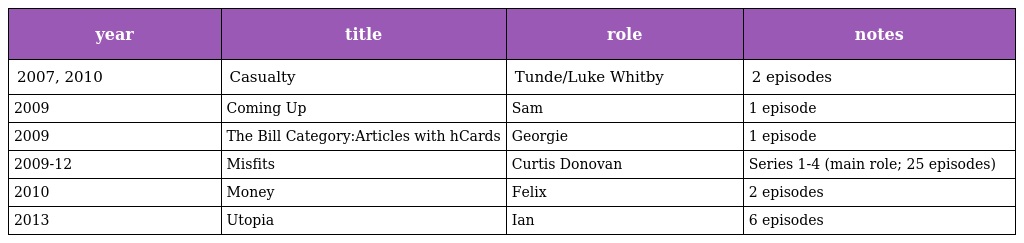
| year | title | role | notes |
 | --- | --- | --- | --- |
 | 2007, 2010 | Casualty | Tunde/Luke Whitby | 2 episodes |
 | 2009 | Coming Up | Sam | 1 episode |
 | 2009 | The Bill Category:Articles with hCards | Georgie | 1 episode |
 | 2009-12 | Misfits | Curtis Donovan | Series 1-4 (main role; 25 episodes) |
 | 2010 | Money | Felix | 2 episodes |
 | 2013 | Utopia | Ian | 6 episodes |